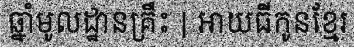
ឆ្នាំមូលដ្ឋានគ្រឹះ | អាយធីកូនខ្មែរ